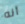
أنه